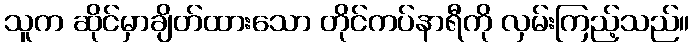
သူက ဆိုင်မှာချိတ်ထားသော တိုင်ကပ်နာရီကို လှမ်းကြည့်သည်။